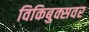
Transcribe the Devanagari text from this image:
विकिबुक्सवर